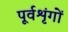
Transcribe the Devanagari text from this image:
पूर्वशृंगों